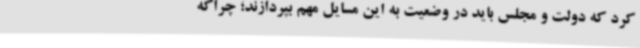
کرد که دولت و مجلس باید در وضعیت به این مسایل مهم بپردازند؛ چراکه